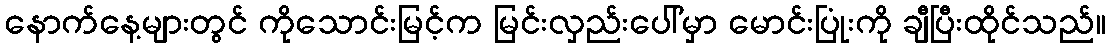
နောက်နေ့များတွင် ကိုသောင်းမြင့်က မြင်းလှည်းပေါ်မှာ မောင်းပြုံးကို ချီပြီးထိုင်သည်။